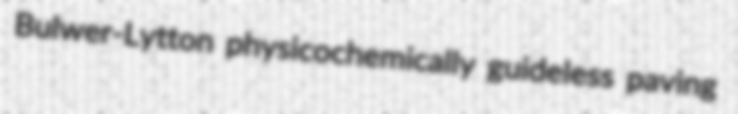
Bulwer-Lytton physicochemically guideless paving